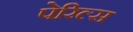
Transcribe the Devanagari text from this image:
पेरिल्स